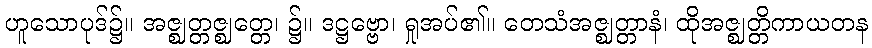
ဟူသောပုဒ်၌။ အဇ္ဈတ္တဇ္ဈတ္တေ၊ ၌။ ဒဋ္ဌဗ္ဗော၊ ရှုအပ်၏။ တေသံအဇ္ဈတ္တာနံ၊ ထိုအဇ္ဈတ္တိကာယတန